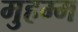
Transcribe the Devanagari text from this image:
मुहम्म